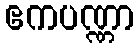
ဧကပဏ္ဏာ